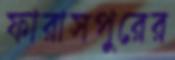
ফারাসপুরের